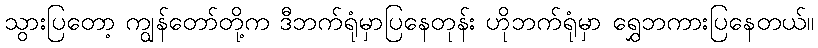
သွားပြတော့ ကျွန်တော်တို့က ဒီဘက်ရုံမှာပြနေတုန်း ဟိုဘက်ရုံမှာ ရွှေဘကားပြနေတယ်။